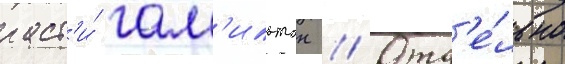
раст'и́ гам'ильтон // Отд'е́льно